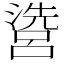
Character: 𱩘